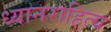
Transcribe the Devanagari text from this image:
ध्यानराहित्य